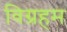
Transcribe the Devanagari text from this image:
विग्रहम